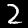
Digit: 2